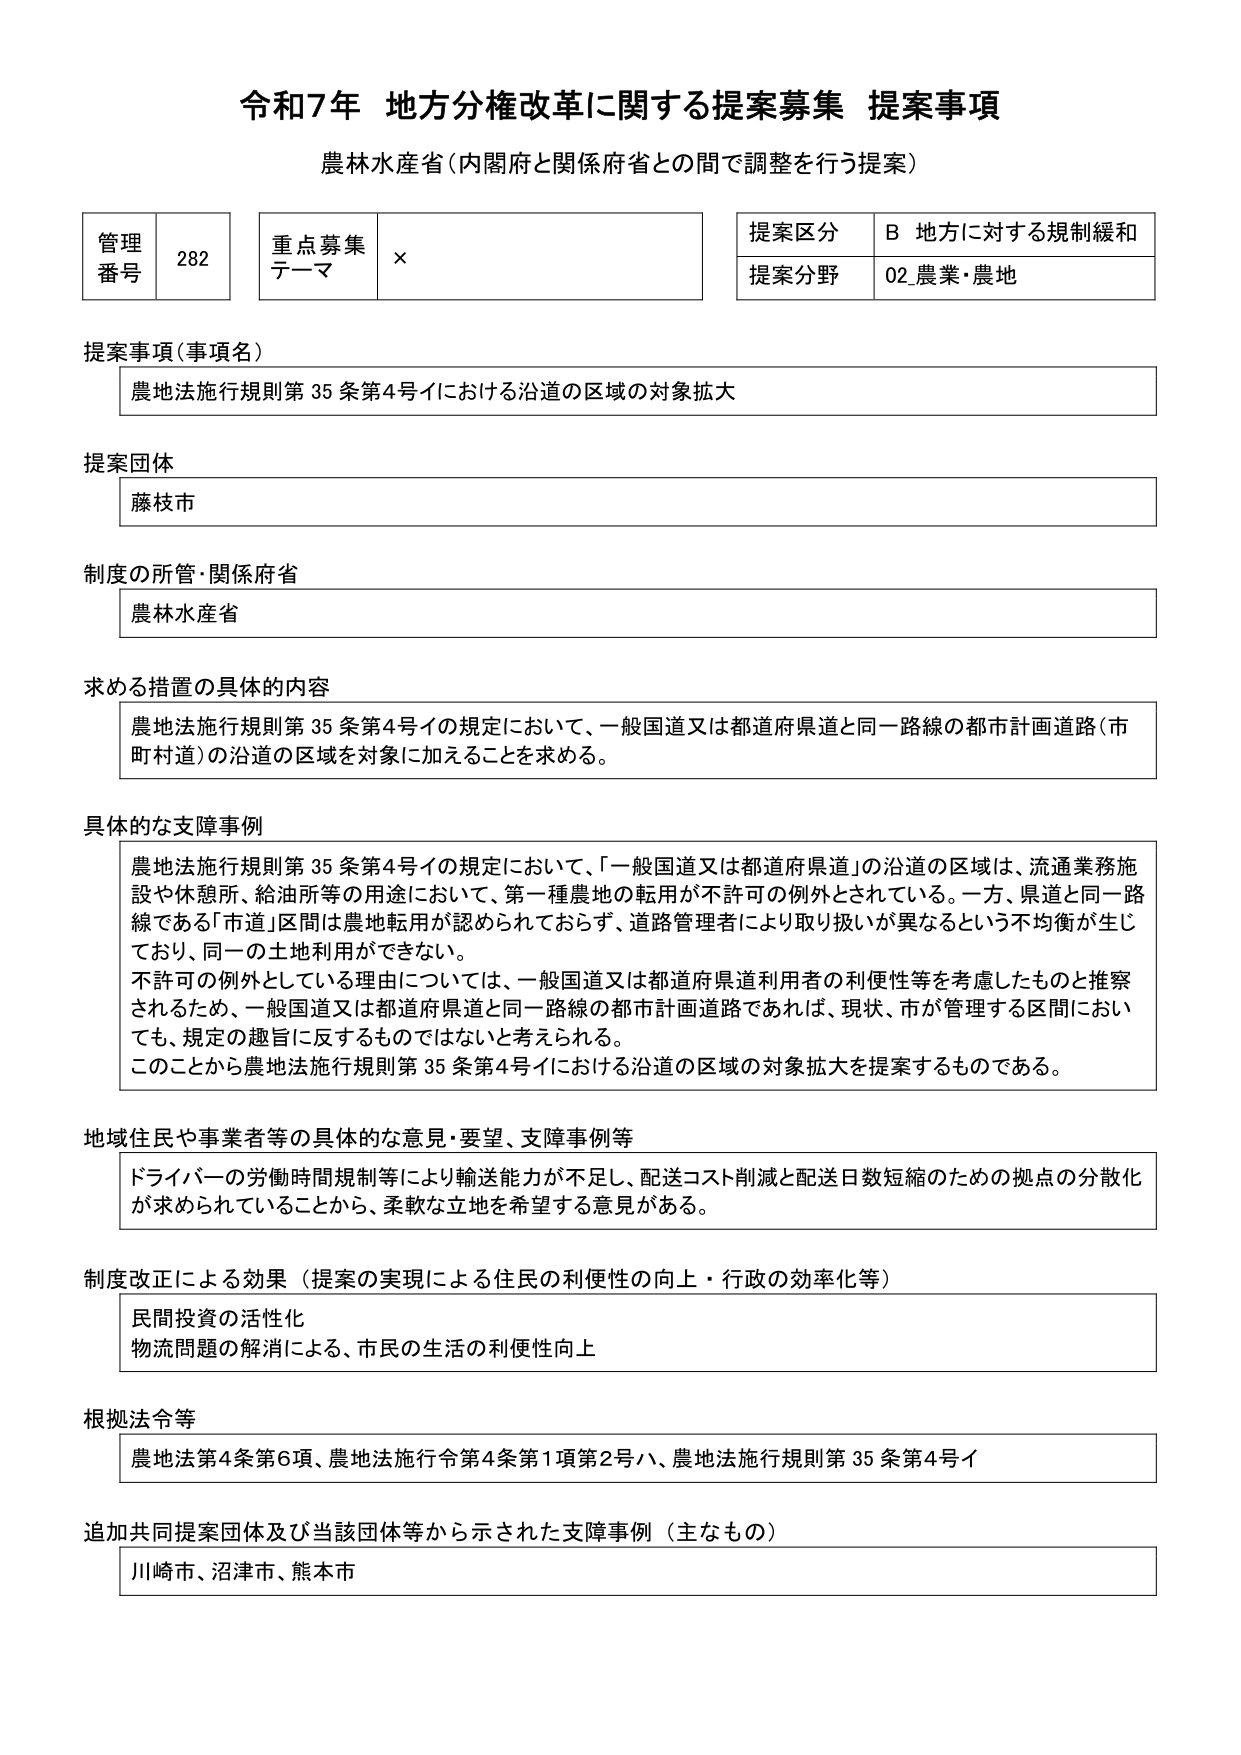
令和7年 地方分権改革に関する提案募集 提案事項
農林水産省（内閣府と関係府省との間で調整を行う提案）

管理番号 282
重点募集テーマ ×
提案区分 B 地方に対する規制緩和
提案分野 02 農業・農地

提案事項（事項名）
農地法施行規則第35条第4号イにおける沿道の区域の対象拡大

提案団体
藤枝市

制度の所管・関係府省
農林水産省

求める措置の具体的内容
農地法施行規則第35条第4号イの規定において、一般国道又は都道府県道と同一路線の都市計画道路（市町村道）の沿道の区域を対象に加えることを求める。

具体的な支障事例
農地法施行規則第35条第4号イの規定において、「一般国道又は都道府県道」の沿道の区域は、流通業務施設や休憩所、給油所等の用途において、第一種農地の転用が不許可の例外とされている。一方、県道と同一路線である「市道」区間は農地転用が認められておらず、道路管理者により取り扱いが異なるという不均衡が生じており、同一の土地利用ができない。
不許可の例外としている理由については、一般国道又は都道府県道利用者の利便性等を考慮したものと推察されるため、一般国道又は都道府県道と同一路線の都市計画道路であれば、現状、市が管理する区間においても、規定の趣旨に反するものではないと考えられる。
このことから農地法施行規則第35条第4号イにおける沿道の区域の対象拡大を提案するものである。

地域住民や事業者等の具体的な意見・要望、支障事例等
ドライバーの労働時間規制等により輸送能力が不足し、配送コスト削減と配送日数短縮のための拠点の分散化が求められていることから、柔軟な立地を希望する意見がある。

制度改正による効果（提案の実現による住民の利便性の向上・行政の効率化等）
民間投資の活性化
物流問題の解消による、市民の生活の利便性向上

根拠法令等
農地法第4条第6項、農地法施行令第4条第1項第2号ハ、農地法施行規則第35条第4号イ

追加共同提案団体及び当該団体等から示された支障事例（主なもの）
川崎市、沼津市、熊本市